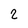
Character: 2